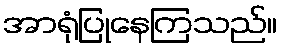
အာရုံပြုနေကြသည်။